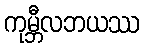
ကုမ္ဘီလဘယဿ